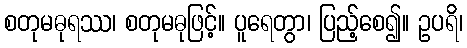
စတုမဓုရဿ၊ စတုမဓုဖြင့်။ ပူရေတွာ၊ ပြည့်စေ၍။ ဥပရိ၊